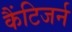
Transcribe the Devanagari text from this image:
कैंटिजर्न